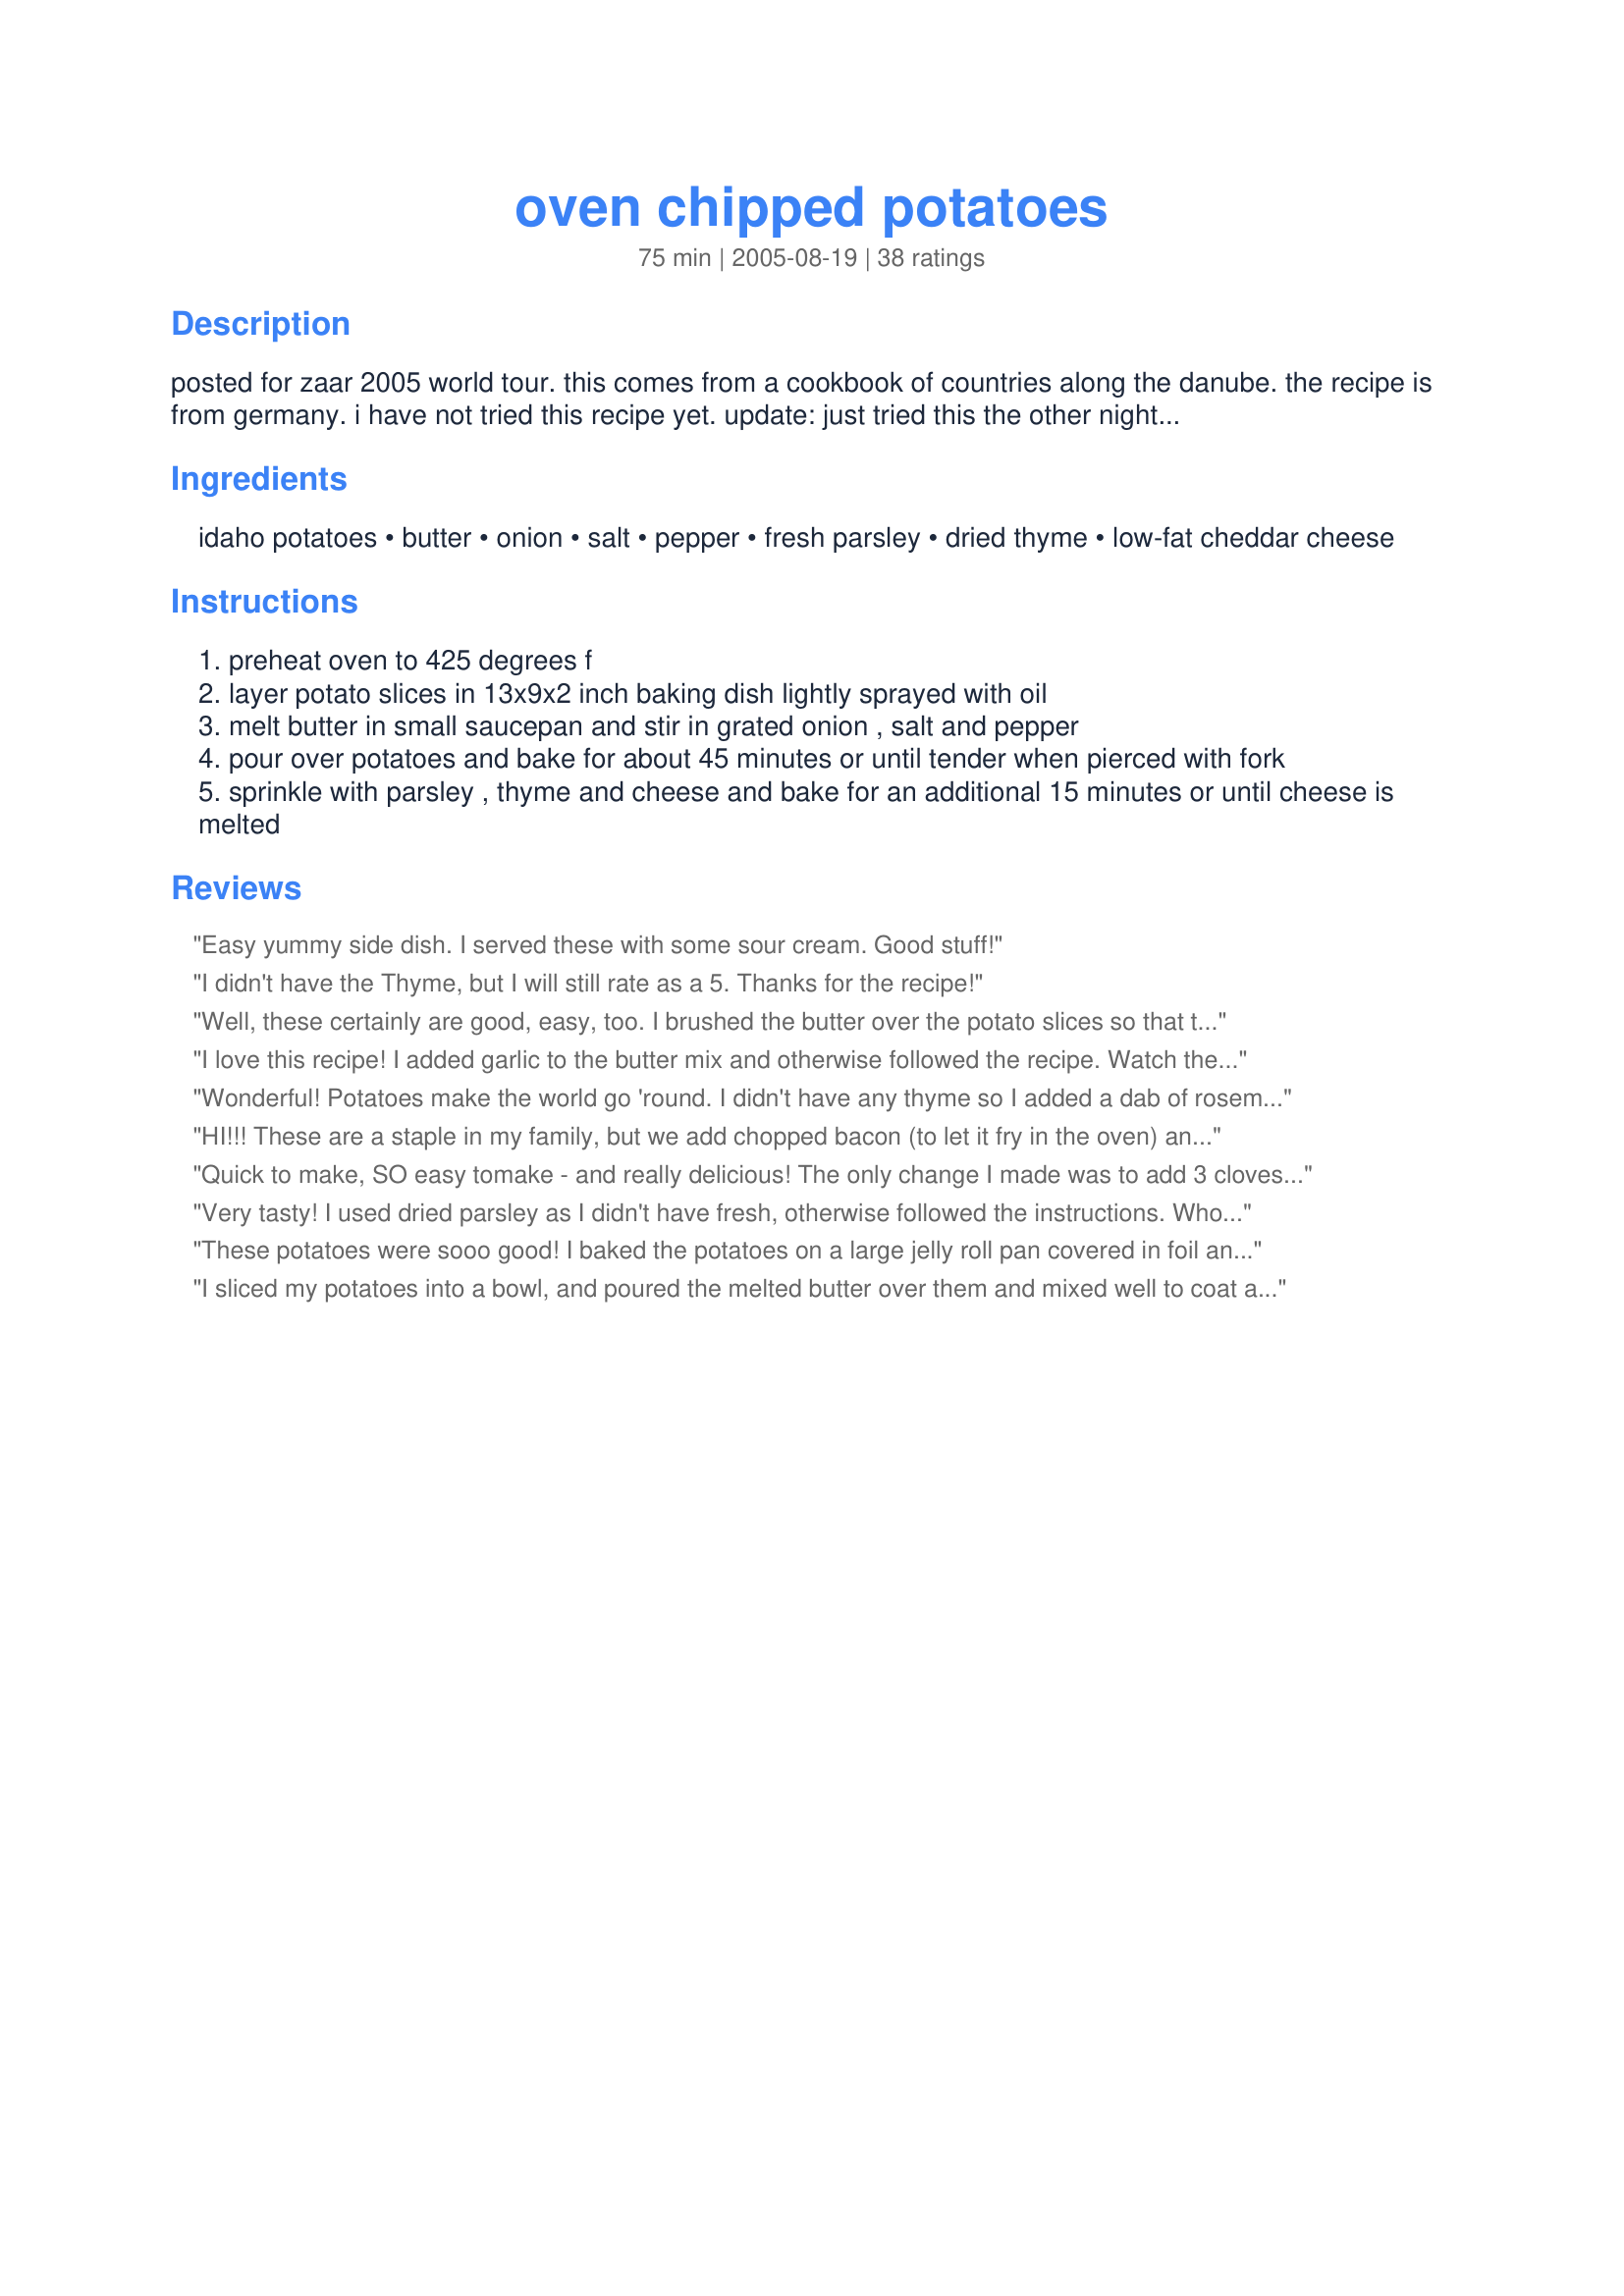
oven chipped potatoes
Preparation time: 75 minutes

posted for zaar 2005 world tour. this comes from a cookbook of countries along the danube. the recipe is from germany. i have not tried this recipe yet. update: just tried this the other night. the potatoes have a really nice texture! i could see adding garlic or more onion if you want. i recommend sprinkling the salt more evenly over the potatoes instead of combining it with the butter, but otherwise it's very tasty!

Ingredients:
idaho potatoes, butter, onion, salt, pepper, fresh parsley, dried thyme, low-fat cheddar cheese

Steps:
preheat oven to 425 degrees f
layer potato slices in 13x9x2 inch baking dish lightly sprayed with oil
melt butter in small saucepan and stir in grated onion , salt and pepper
pour over potatoes and bake for about 45 minutes or until tender when pierced with fork
sprinkle with parsley , thyme and cheese and bake for an additional 15 minutes or until cheese is melted

Reviews:
Easy yummy side dish. I served these with some sour cream. Good stuff!
I didn't have the Thyme, but I will still rate as a 5. Thanks for the recipe!
Well, these certainly are good, easy, too. I brushed the butter over the potato slices so that there would be a little bit everywhere and then I sprinkled the salt, pepper and herbs over the potatoes. Subbed oregano for the thyme. Very nice.
I love this recipe! I added garlic to the butter mix and otherwise followed the recipe. Watch the cheese if you're using a different variety because some toast up a lot quicker (whoops!). Thanks for a wonderful addition.
Wonderful! Potatoes make the world go 'round. I didn't have any thyme so I added a dab of rosemary. DH raved so they are on the regular rotation. Thanks for sharing!
HI!!! 

These are a staple in my family, but we add chopped bacon (to let it fry in the oven) and we don't add cheese... these ROCK.
Quick to make, SO easy tomake - and really delicious! The only change I made was to add 3 cloves of minced garlic. Thanks for posting!
Very tasty! I used dried parsley as I didn't have fresh, otherwise followed the instructions. Who knew thyme and parsley went so well with potatoes! Hubby loved them too, and I will make these again.
These potatoes were sooo good! I baked the potatoes on a large jelly roll pan covered in foil and coated with vegetable oil spray. I had to have a little of most of the potatoes overlapping just a little bit in order to fit all of the potato slices. I used 1 tablespoon of a melted(by microwave),light butter spread and brushed it on the potatoes. It was a perfect amount. I then sprinkled about 1/2 a small, diced onion on the tops. I followed this by just sprinkling on pepper and salt without measuring. I'm sure I used more than 1/8 teaspoon of pepper. I baked the potatoes for 30 minutes. Then, I sprinkled them with dried parsley flakes and dried thyme without measuring again. I followed this up with the cheese for the topping. Since I made the potatoes like I described, all of them were covered with spices and toppings. It was delicious!
I sliced my potatoes into a bowl, and poured the melted butter over them and mixed well to coat all the potatoes before transfering them to my baking dish. Then sprinkled with re-hydrated minced onions, salt and pepper. These baked for about 30 minutes before I added the cheese. Wonderful! Definately a keeper!
Had these last night but increased the recipe by half. Thought the undersides could use more flavoring. As long as you got a bite of the topping along with the underside, it was delish. Next time I might increase the "topping" part and add some of it to the layers instead of just on top. Also added some garlic and used seasoning salt instead of regular salt. Thanks for the comfort food, Kumquat!
These are great potatoes! I halved the recipe but used the full amount of topping as I decided to cook these in a single layer, slightly overlapping. This gave me the crisp outer edges which we really enjoy! Great topping mix, might add a couple of minced garlic cloves too next time, but this is lovely as is!
I felt like the lower level was just too dry. Next time I would add more butter. The top layer was quite good though.
As Caroline pointed out, these potatoes come out of the oven and they are very attractive. Even though the potatoes are not seasoned in layers, the flavors blend nicely. I stirred them after adding the parsley and thyme just before topping with the cheese.
Oh my gosh, I loved these potatoes! The thyme and parsley combine with the cheese to give a wonderful flavor to plain potatoes. I sliced these very thin and didn't bother melting the butter. I just dabbed it on the potatoes, sprinkled the spices on and cooked it. The potatoes on top had a crispy texture that I really liked. Thanks for sharing this recipe!
Mmm...what a nice tasty change for "burger" night! I really loved the flavor of the butter mix, and loved that some bites had a stronger concenetration of it than others. That said, I did toss the potatoes in the butter after pouring it on. I also cut back on the cheese a bit, as I tend to prefer things less cheesy. Thanks for posting; I'm sure I will revisit these often! Made for Veg*n Swap.
Amazing! I think the thyme is what made this. I always feel like there is something missing with just potatoes, onions, and cheese. I finally found it. So hard not to eat the whole pan!
My daughter was over the night that I made these and she demanded that I give her the recipe and she has been making them a couple of times a week since I gave her the recipe. They are wonderful tasty and easy to make. Thank you for a great potato recipe. We make them often.
Very, very good. The crispy little bits of onion are just wonderful. Made for ZWT6.
These are very good!! My family and i really enjoyed them and will make these again!! Thanks for posting!!
Excellent and so easy to make! Thanks for sharing.
I am not exactly sure how the transformation happened but the russet potatoes I started with turned into lovely waxy reds! Which are my favorite, so I have to say this is a fabulous recipe that will be making more appearances on our table. I didn't add the cheese, and didn't miss it. :) Thank you for posting.
Ohhh... I could have eaten the WHOLE pan! These are so delicious! I added about two cloves of minced garlic, as we're garlic lovers, but other than that I made as directed. I used a mandolin to slice 1.5mm thick slices & the edges came out perfectly crispy, while the middles were still nice and tender. Thanks for posting, Kumsie! Made & enjoyed for ZWT6 Team Xtra Hot Dishes! :)
This was very good! Thanks for sharing the recipe Kumquat.
These were very good. I didn't have to cook them as long as the recipe called for. Some of them came out crunchy... other than that... very good! Made for ZWT 4.
This was really good. I used 1/2 the potatoes and used an 8 X 8 pan. Dh accidentally bought fat free cheese, but it was still good although the appearance is quite "plastic" looking. I think these would be as good without even adding the cheese. I loved this . Thanks!
Lisa
Fantastic potatos! I've used this recipe several times, and "tweaked" it to dh's liking. Had to use more butter than 1 TBL.DH suggested peeling spuds, and I topped with chopped green onions...Great recipe, will make again and again!
I wish I had read the reviews before I made this. I didn't realize I was supposed to have multiple layers, so I ony made one layer that kind of had overlapping potato slices. The directions clearly say 'layer', but I just didn't get it, I guess. Anyways, these were a great hit, and everyone wants me to make them again.
Absolutely awesome! I only used salt and pepper for seasoning but the onion and cheddar were wonderful on it. I baked mine at 400 degrees for about 20 minutes (I sliced my very thin and a couple came out like chips) and about 3 minutes just to melt the cheddar. I also minced my onion up quite well too. I took the advice of others and just brushed the butter on then sprinkled the rest over it at the end (as well as lining the pan with foil, no mess to clean up). I've never had cheese fries but I'm betting these are what they taste like... Thanks!
I followed aviva's suggestions, and spread the potato slices out on a larger pan. Brushed them with melted butter, and then sprinkled on the spices.
Beware if you do this~they will not take 45 minutes to cook. Mine were done in 20-25 minutes. 
Was feeling lazy and used onion powder instead of minced onion; added some garlic powder as well. Did not measure any of the seasonings, just sprinkled. Lovely combination of flavors.
Thanks for the recipe! Next time I will try it in it's original form, but either way I'm sure it's a keeper!
Yummy! I used a mandolin to slice red bliss potatoes. And served them as a side with sirloin steak and green beans! I will definitely be making this again! Made for the Pool Party Tag Game.
Delicious and kid friendly! The potatoes were just crispy on the edges but not hard, just perfect. I did use bacon grease for the butter, and salted and peppered each layer instead of just the top. We all liked this, thanks!
This is absolutely delicious. I thought about seasoning each layer, but in the end I didn't (so now we know both ways are good). Like Kaarin's, my potatoes were "crispy on the edges" and "perfect"! I wish I'd been able to take a photograph; even in a plain pyrex dish, these potatoes came out of the oven looking so good we instantly named them "pretty potatoes"!
My family all LOVED these potatoes! They were so easy to make and yet so delicious! My 2 DD's ages 7 & 9 helped me make these potatoes and helped just as much at making them disappear when they were finished. A great kid friendly recipe. I used 1 cup of my Recipe #296110 and then sprinkled a 1/2 cup grated cheddar cheese just to make it a little healthier. Made for ZWT 4. We WILL be making this again, thanks!
So easy and delicious! The herbs added a great touch. I omitted the salt (personal preference). Thanks for sharing!
To the most esteemed leader of Kumquat's Kookin' Kaboodles, your most humble servant is pleased to announce that my first ZWT4 recipe has earned a five star review! I heard these tasted VERY good, and the cheese on top was delectable. I was very sad that being diabetic, these were not for me to eat, but am glad everyone else loved them! Now I know the key to their hearts! Thank you much-
~Sue
Wondeful potatoes!!! I halved the recipe and they were splendid!! Thank you so much Kumquat!!!! Everyone totally enjoyed them!
These were good. I normally don't like oven cooked potatoes but these were great. I think it's the slicing thin part, which makes me wonder why i never thought of that. I used a mixed cheese blend and yummy. Thanks!
